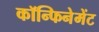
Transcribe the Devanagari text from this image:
कॉन्फिनेमेंट